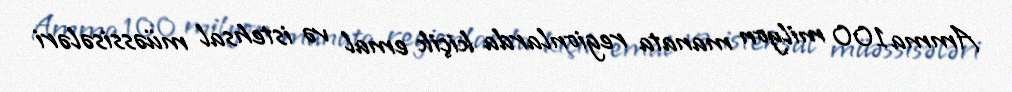
Amma 100 milyon manata regionlarda kiçik emal və istehsal müəssisələri